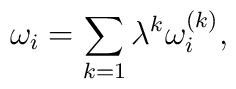
\omega_i=\sum_{k=1}\lambda^k \omega_i^{(k)},